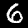
Label: 6